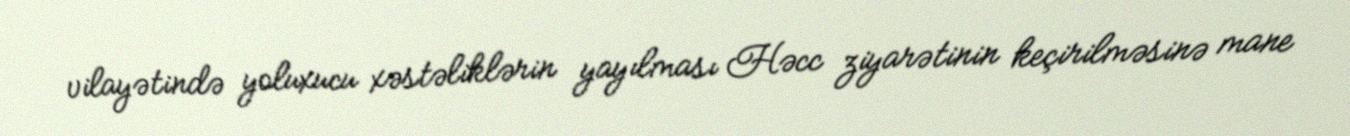
vilayətində yoluxucu xəstəliklərin yayılması Həcc ziyarətinin keçirilməsinə mane